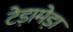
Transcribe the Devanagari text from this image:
टेड़ामेड़ा